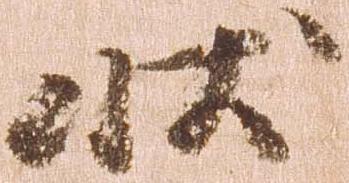
状